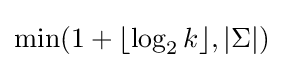
\min(1+\lfloor \log _{2}k\rfloor ,|\Sigma |)